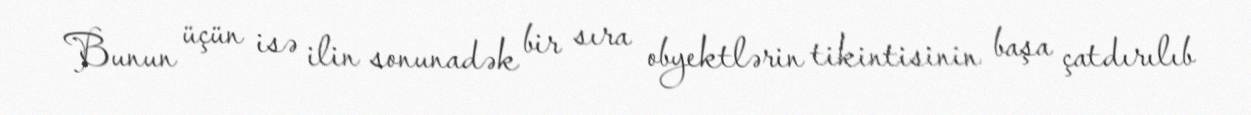
Bunun üçün isə ilin sonunadək bir sıra obyektlərin tikintisinin başa çatdırılıb